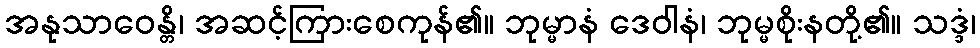
အနုသာဝေန္တိ၊ အဆင့်ကြားစေကုန်၏။ ဘုမ္မာနံ ဒေဝါနံ၊ ဘုမ္မစိုးနတို့၏။ သဒ္ဒံ၊